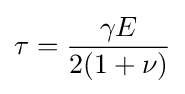
\tau ={\frac {\gamma E}{2(1+\nu )}}